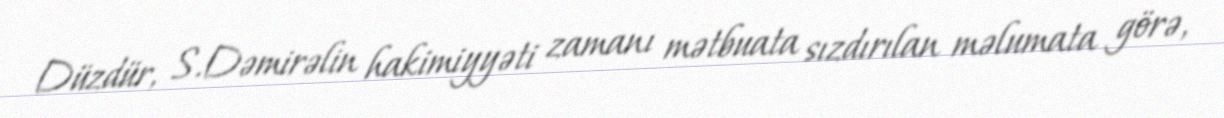
Düzdür, S.Dəmirəlin hakimiyyəti zamanı mətbuata sızdırılan məlumata görə,